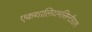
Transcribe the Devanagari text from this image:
एकथालियमसिन्टीग्राम